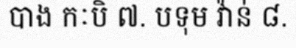
បាង កៈបិ ៧. បទុម វ៉ាន់ ៨.